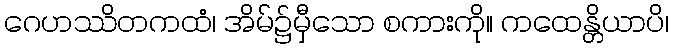
ဂေဟဿိတကထံ၊ အိမ်၌မှီသော စကားကို။ ကထေန္တိယာပိ၊